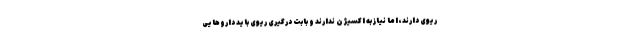
ریوی دارند، اما نیاز به اکسیژن ندارند و بابت درگیری ریوی باید داروهایی